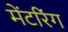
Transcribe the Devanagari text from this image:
मेंटरिंग